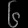
Digit: ၆